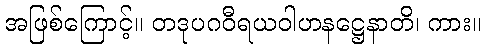
အဖြစ်ကြောင့်။ တဒုပဂဝီရယဝါဟနဋ္ဌေနာတိ၊ ကား။